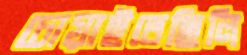
চোয়াইতেছিলি